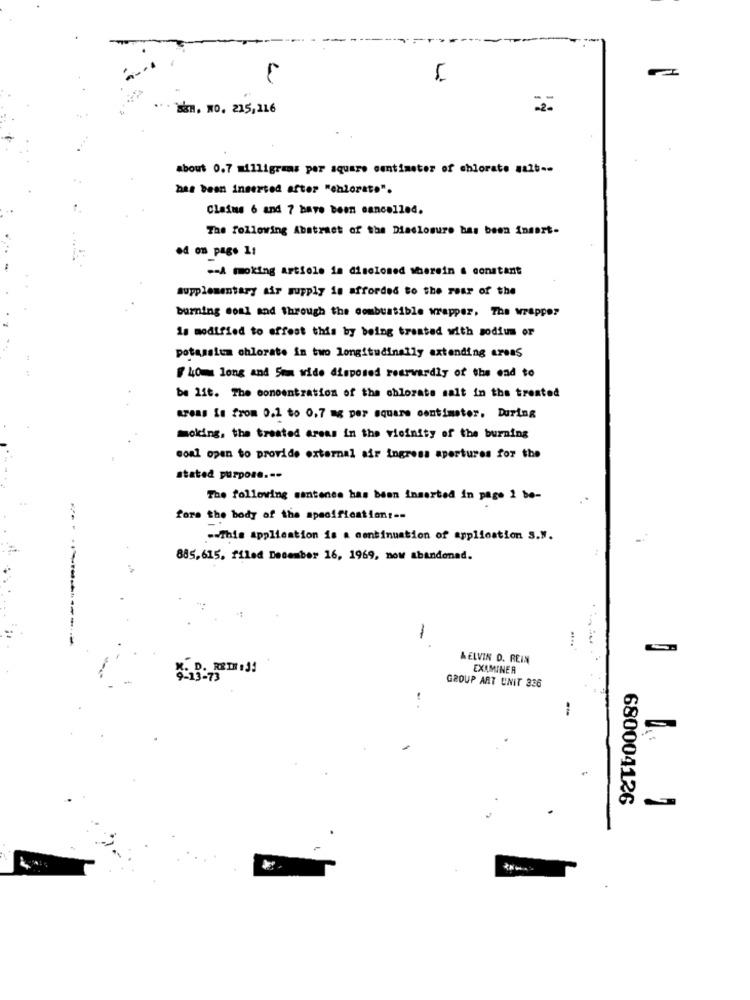
BBH. NO. 215,216
=2-
about 0.7 milligrams per square centimeter of chlorate salt --
has been inserted after "enlorato".
Claims 6 and 7 have been cancelled.
The following Abstract of the Disclosure bas been Insert-
od on page 1t
-- A moking artiole in disclosed wherein a constant
supplementary air supply is afforded to the rear of the
burning coal and through the combustible wrapper, The wrapper
is modified to offest this by being treated with sodium or
potassium chlorate in two longitudinally extending areas
40m long and Semm wide disposed rearvardiy of the end to
be lit. The concentration of the chlorate salt in the treated
areas It from 0.1 to 0,7 mg per square centimeter. During
moking, the treated areas in the vicinity of the burning
coal open to provide external air ingress apertures for the
stated purpose .--
The following sentence has been inserted in page 1 be-
fors the body of the specification !==
-- This application is a continuation of application S.M.
885,615, filed December 16, 1969, now abandoned.
1
KELVIN D. REIN
EXAMINER
GROUP ART UNIT 336
. .
680004126